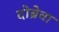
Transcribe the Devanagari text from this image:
दोब्रेवा